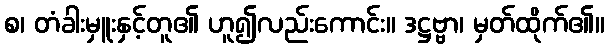
စ၊ တံခါးမှူးနှင့်တူ၏ ဟူ၍လည်းကောင်း။ ဒဋ္ဌဗ္ဗာ၊ မှတ်ထိုက်၏။